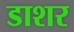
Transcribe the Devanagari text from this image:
डाशर